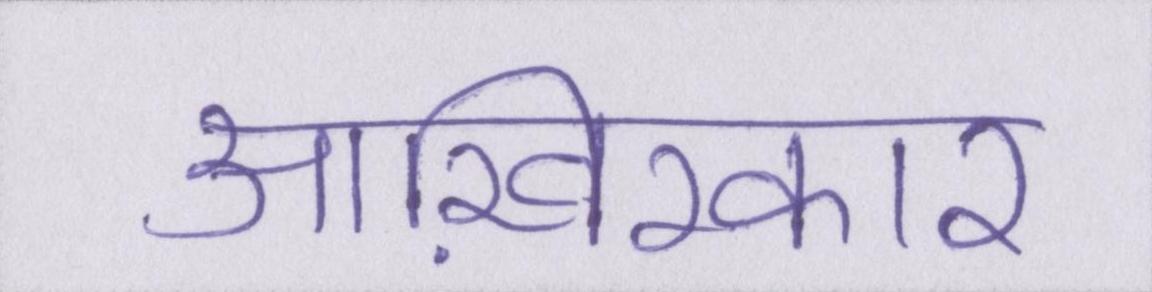
आख़िरकार